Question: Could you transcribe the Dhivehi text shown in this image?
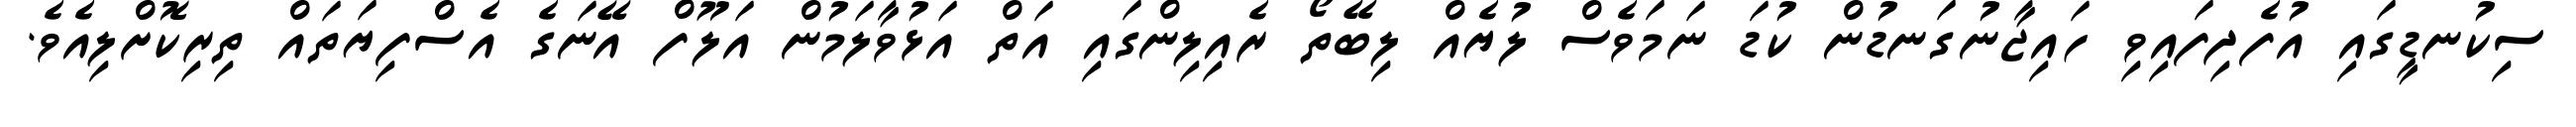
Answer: ސިކުނޑީގައި އުފެދިފައިވި ހައިޖާނުގަނޑުން ކުޑަ ނަމަވެސް ލުޔެއް ލިބޭތޯ ރެއިލިންގައި އަތް އަޅުވާލަމުން އަލޫފް އޭނަގެ އެސްފިޔަތައް ތިރިކޮށްލިއެވެ.